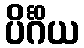
ပိင်္ဂိယ